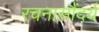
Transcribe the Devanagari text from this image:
रचनासौंदर्य